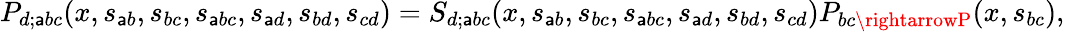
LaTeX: P_{d;\mathsf{a}bc}(x,s_{\mathsf{a}b},s_{bc},s_{\mathsf{a}bc},s_{\mathsf{a}d},s_{bd},s_{cd})=S_{d;\mathsf{a}bc}(x,s_{\mathsf{a}b},s_{bc},s_{\mathsf{a}bc},s_{\mathsf{a}d},s_{bd},s_{cd})P_{bc\rightarrowP}(x,s_{bc}),